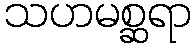
သဟမစ္ဆရာ